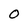
Character: O